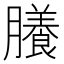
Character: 䑆